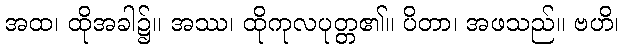
အထ၊ ထိုအခါ၌။ အဿ၊ ထိုကုလပုတ္တ၏။ ပိတာ၊ အဖသည်။ ဗဟိ၊